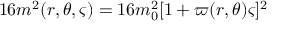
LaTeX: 1 6 m ^ { 2 } ( r , \theta , \varsigma ) = 1 6 m _ { 0 } ^ { 2 } [ 1 + \varpi ( r , \theta ) \varsigma ] ^ { 2 }